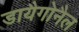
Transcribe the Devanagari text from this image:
डायैगोनैल